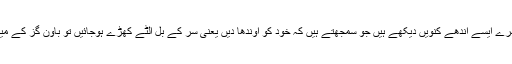
ہم نے باون گز گہرے ایسے اندھے کنویں دیکھے ہیں جو سمجھتے ہیں کہ خود کو اوندھا دیں یعنی سر کے بل الٹے کھڑے ہوجائیں تو باون گز کے مینار بن جائیں گے۔